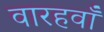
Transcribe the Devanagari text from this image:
वारहवाँ